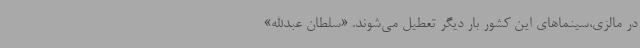
در مالزی،سینماهای این کشور بار دیگر تعطیل می‌شوند. «سلطان عبدالله»